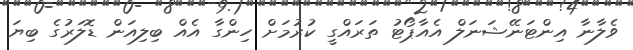
ވެލާނާ އިންޓަނޭޝަނަލް އެއާޕޯޓު ތަރައްގީ ކުރުމަށް ހިންގާ އެއް ބިލިއަން ޑޮލަރުގެ ބިޔަ